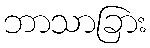
ဘာသာခြား